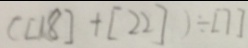
( [ 1 8 ] + [ 2 2 ] ) \div [ 7 ]